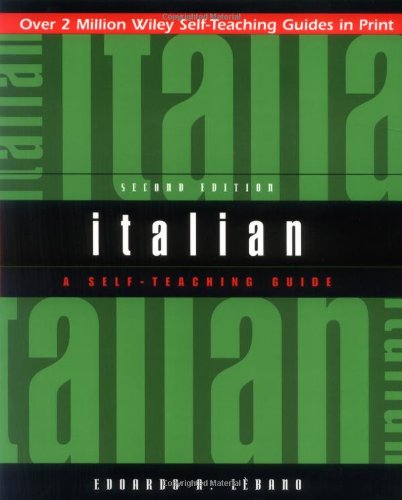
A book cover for Italian: A Self-Teaching Guide, 2nd Edition; Edoardo A. LÃ¨bano; Reference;